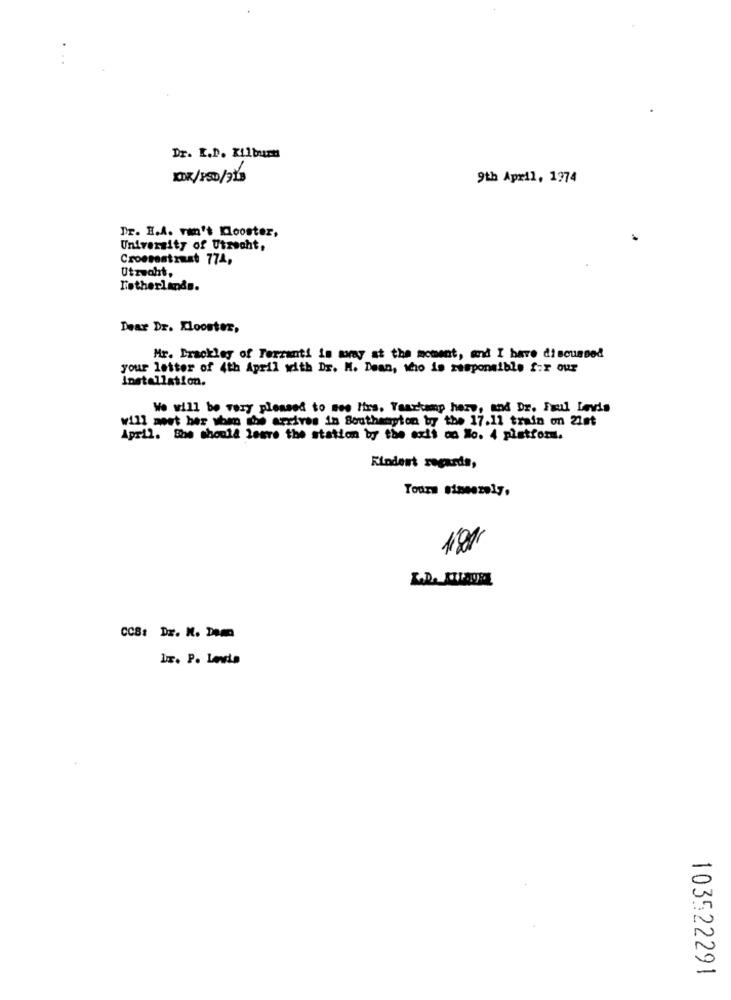
Dr. I.D. Kilbum
KOR/150/215
9th April, 1974
Dr. E.A. ran't Klooster,
University of Utrecht,
Crossestrust 774,
Utrecht,
Netherlands.
Dear Dr. Klooster,
Mr. Brackley of Ferranti is may at the moment, and I have discussed
your letter of 4th April with Dr. M. Dean, who is responsible for our
Installation.
We will be very pleased to see Iirs, Yaarkamp hery, and Dr. Fuul Levis
will meet her when the arrives in Southampton by the 17.11 train on 21st
April. She should leave the station by the exit on No. 4 platform.
Kindest regards,
Tours sineszely.
CCB: Dr. M. Dem
1x. P. Levia
103522291